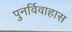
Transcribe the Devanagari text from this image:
पुनर्विवाहास